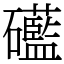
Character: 礷